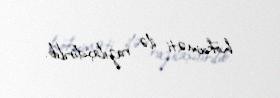
hökuməti ilə razılaşdırılıb.